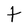
Character: t